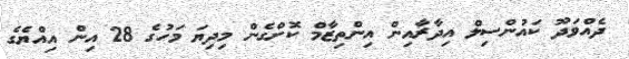
ދެއްވަދޫ ކައުންސިލް އިދާރާއިން އިންތިޒާމް ކޮށްގެން މިދިޔަ މަހުގެ 28 އިން އިއްޔެގެ